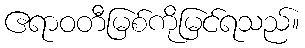
ဧရာဝတီမြစ်ကိုမြင်ရသည်။